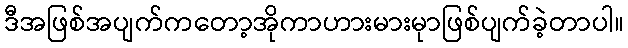
ဒီအဖြစ်အပျက်ကတော့အိုကာဟားမားမုာဖြစ်ပျက်ခဲ့တာပါ။